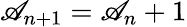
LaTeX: \mathscr{A}_{n+1}=\mathscr{A}_{n}+1